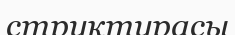
структурасы